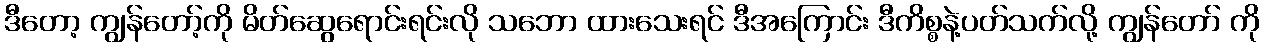
ဒီတော့ ကျွန်တော့်ကို မိတ်ဆွေရောင်းရင်းလို သဘော ထားသေးရင် ဒီအကြောင်း ဒီကိစ္စနဲ့ပတ်သက်လို့ ကျွန်တော် ကို